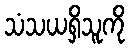
သံသယရှိသူကို